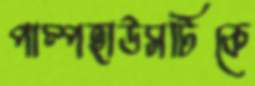
পাম্পহাউসটিকে